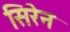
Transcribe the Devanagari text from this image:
सिरेन